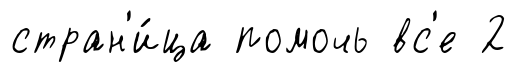
стран'и́ца помочь вс'е 2